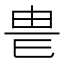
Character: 𤰴